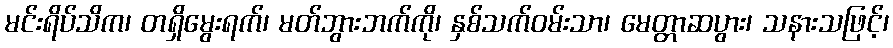
မင်းရိပ်သိက၊ တရှိမွေးရက်၊ မတ်ဘွားဘက်ကို၊ နှစ်သက်ဝမ်းသာ၊ မေတ္တာဆပွား၊ သနားသဖြင့်၊